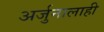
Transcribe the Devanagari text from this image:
अर्जुनालाही